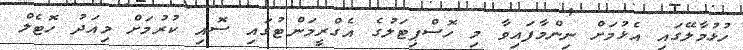
ހުޅުމާލޭގައި އެޅުމަށް ނިންމާފައިވާ މި ހޮސްޕިޓަލުގެ އެގްރީމަންޓުގައި ސޮއި ކުރުމަށް މިއަދު ހޮޓެލް